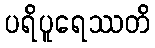
ပရိပူရေဿတိ